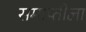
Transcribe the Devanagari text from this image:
समाप्तीला